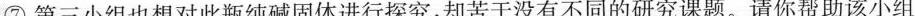
⑦第三小组也想对此瓶纯碱固体进行探究，却苦于没有不同的研究课题。请你帮助该小组